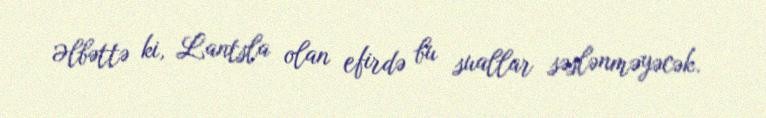
Əlbəttə ki, Lantsla olan efirdə bu suallar səslənməyəcək.